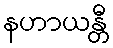
နဟာယန္တီ